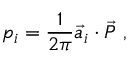
p _ { i } = \frac { 1 } { 2 \pi } { \vec { a } } _ { i } \cdot { \vec { P } } ~ ,